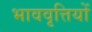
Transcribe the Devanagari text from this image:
भाववृत्तियों